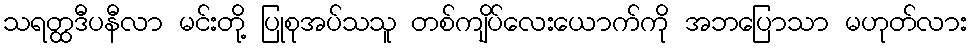
သရတ္ထဒီပနီလာ မင်းတို့ ပြုစုအပ်သသူ တစ်ကျိပ်လေးယောက်ကို အဘပြောသာ မဟုတ်လား